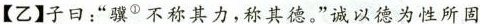
【乙】子曰：“骥^{①}不称其力，称其德。” \underline{诚以德为性所固}